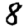
Digit: 8